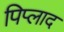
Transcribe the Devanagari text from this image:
पिप्लाद